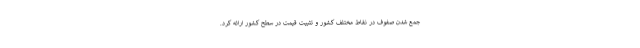
جمع شدن صفوف در نقاط مختلف کشور و تثبیت قیمت در سطح کشور ارائه کرد.